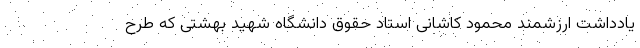
یادداشت ارزشمند محمود کاشانی استاد حقوق دانشگاه شهید بهشتی که طرح